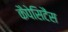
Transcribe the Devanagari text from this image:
कैपेसिटैंस